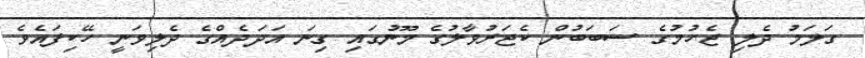
ގަލަމު ދެލި ޖެހުމުގެ ސަބަބުން ކެޖަރުވާލުގެ މޫނުގައި ގިނަ އަދަދެއްގެ ދެލިވަނީ ހޭކިފައެވެ.